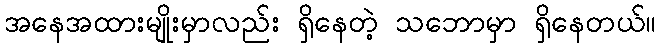
အနေအထားမျိုးမှာလည်း ရှိနေတဲ့ သဘောမှာ ရှိနေတယ်။